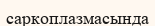
саркоплазмасында